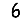
Digit: 6